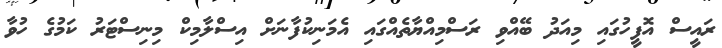
ރައީސް އޮފީހުގައި މިއަދު ބޭއްވި ރަސްމިއްޔާތެއްގައި އެމަނިކުފާނަށް އިސްލާމިކް މިނިސްޓަރު ކަމުގެ ހުވާ